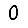
Digit: 0